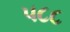
૫૮૮